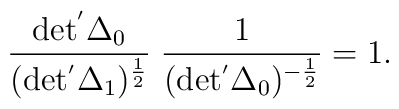
\frac{\rm det^{'} \Delta_{0} }{(\rm det^{'}\Delta_{1})^\frac{1}{2} }\;\frac{1}{ (\rm det^{'}\Delta_{0})^{- \frac{1}{2} }}=1.